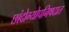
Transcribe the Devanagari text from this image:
छांदोग्योपनिषदात